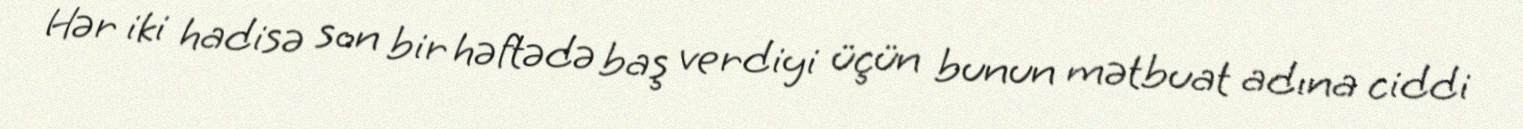
Hər iki hadisə son bir həftədə baş verdiyi üçün bunun mətbuat adına ciddi